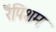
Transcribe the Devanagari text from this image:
रैंपिशम